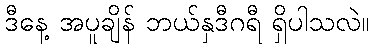
ဒီနေ့ အပူချိန် ဘယ်နှဒီဂရီ ရှိပါသလဲ။